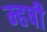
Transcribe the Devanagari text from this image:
म्हषी